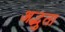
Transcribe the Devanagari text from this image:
अद्भुता